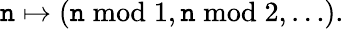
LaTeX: \mathtt{n}\mapsto(\mathtt{n}{\bmod{1}},\mathtt{n}{\bmod{2}},\dots).